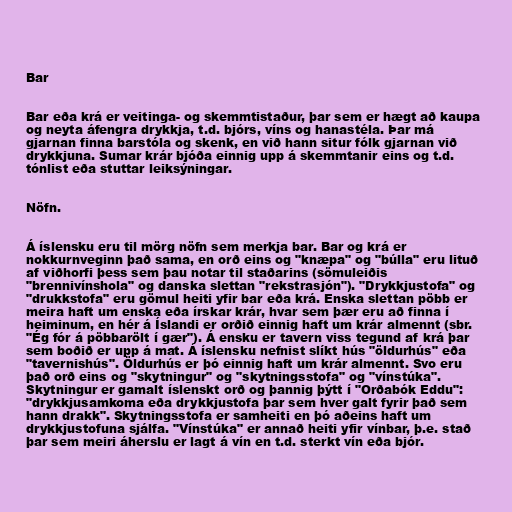
Bar

Bar eða krá er veitinga- og skemmtistaður, þar sem er hægt að kaupa
og neyta áfengra drykkja, t.d. bjórs, víns og hanastéla. Þar má
gjarnan finna barstóla og skenk, en við hann situr fólk gjarnan við
drykkjuna. Sumar krár bjóða einnig upp á skemmtanir eins og t.d.
tónlist eða stuttar leiksýningar.

Nöfn.

Á íslensku eru til mörg nöfn sem merkja bar. Bar og krá er
nokkurnveginn það sama, en orð eins og "knæpa" og "búlla" eru lituð
af viðhorfi þess sem þau notar til staðarins (sömuleiðis
"brennivínshola" og danska slettan "rekstrasjón"). "Drykkjustofa" og
"drukkstofa" eru gömul heiti yfir bar eða krá. Enska slettan pöbb er
meira haft um enska eða írskar krár, hvar sem þær eru að finna í
heiminum, en hér á Íslandi er orðið einnig haft um krár almennt (sbr.
"Ég fór á pöbbarölt í gær"). Á ensku er tavern viss tegund af krá þar
sem boðið er upp á mat. Á íslensku nefnist slíkt hús "öldurhús" eða
"tavernishús". Öldurhús er þó einnig haft um krár almennt. Svo eru
það orð eins og "skytningur" og "skytningsstofa" og "vínstúka".
Skytningur er gamalt íslenskt orð og þannig þýtt í "Orðabók Eddu":
"drykkjusamkoma eða drykkjustofa þar sem hver galt fyrir það sem
hann drakk". Skytningsstofa er samheiti en þó aðeins haft um
drykkjustofuna sjálfa. "Vínstúka" er annað heiti yfir vínbar, þ.e. stað
þar sem meiri áherslu er lagt á vín en t.d. sterkt vín eða bjór.